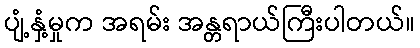
ပျံ့နှံ့မှုက အရမ်း အန္တရာယ်ကြီးပါတယ်။